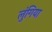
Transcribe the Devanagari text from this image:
लुंगिया